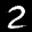
Label: 2